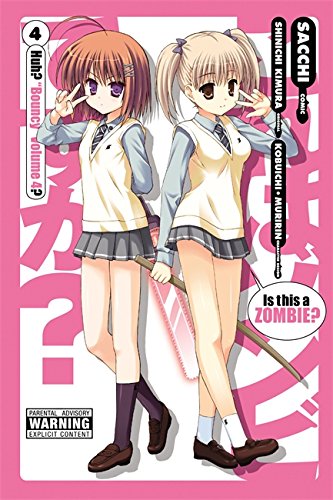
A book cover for Is This a Zombie?, Vol. 4 (Kore wa Zombie Desu-ka?); Comics & Graphic Novels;